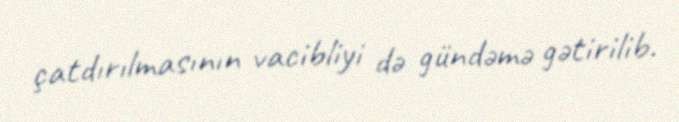
çatdırılmasının vacibliyi də gündəmə gətirilib.